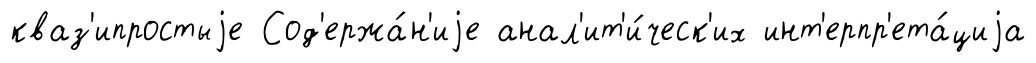
кваз'ипростыjе Сод'ержа́н'иjе анал'ит'и́ческ'их инт'ерпр'ета́циjа